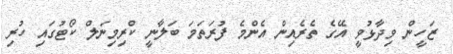
ޒަހީން ވިދާޅުވީ އޭގެ ތެރެއިން އެންމެ ފުރަތަމަ ބަލާނީ ކްރިމިނަލް ކޯޓުގައި ހުރި